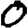
Digit: 0